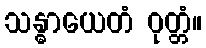
သန္ဓာယေတံ ဝုတ္တံ။